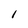
Character: I